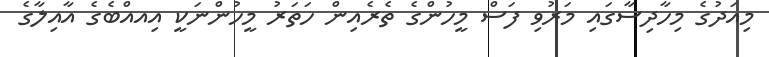
މިއަދުގެ މިހާދިސާގައި މަރުވި ފަސް މީހުންގެ ތެރެއިން ހަތަރު މީހުންނަކީ އިއއްބެގެ އާއިލާގެ